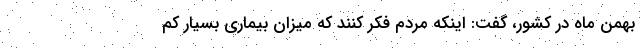
بهمن ماه در کشور، گفت: اینکه مردم فکر کنند که میزان بیماری بسیار کم